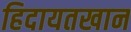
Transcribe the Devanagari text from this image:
हिदायतखान